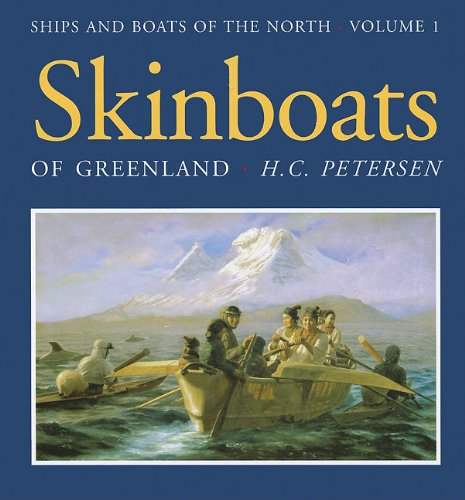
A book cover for Skinboats of Greenland (Ships and Boats of the North); H. C. Pedersen; History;